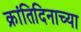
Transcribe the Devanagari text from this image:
क्रांतिदिनाच्या